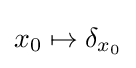
x_{0}\mapsto \delta _{x_{0}}